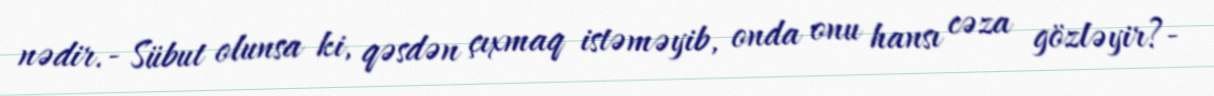
nədir.- Sübut olunsa ki, qəsdən çıxmaq istəməyib, onda onu hansı cəza gözləyir?-